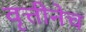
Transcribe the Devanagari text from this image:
वृत्तीनेच